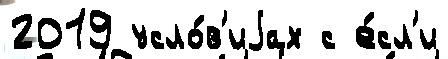
2019 усло́в'иjах с е́сл'и